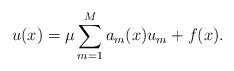
LaTeX: \begin{align*} u(x) =\mu\sum_{m = 1}^Ma_m(x)u_m + f(x). \end{align*}